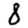
Digit: 8